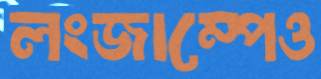
লংজাম্পেও